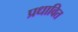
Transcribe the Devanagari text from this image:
प्रधावित